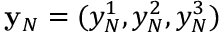
{ \bf y } _ { N } = ( y _ { N } ^ { 1 } , y _ { N } ^ { 2 } , y _ { N } ^ { 3 } )